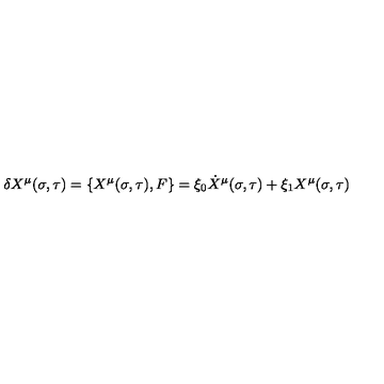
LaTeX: \delta X ^ { \mu } ( \sigma , \tau ) = { \lbrace X ^ { \mu } ( \sigma , \tau ) , F \rbrace } = \xi _ { 0 } \dot { X } ^ { \mu } ( \sigma , \tau ) + \xi _ { 1 } X ^ { \mu } ( \sigma , \tau )